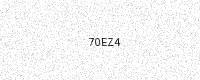
Text: 70EZ4